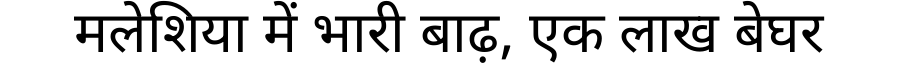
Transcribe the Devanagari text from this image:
मलेशिया में भारी बाढ़, एक लाख बेघर